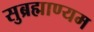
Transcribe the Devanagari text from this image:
सुब्रह्माण्यम